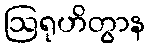
ဩရုဟိတွာန